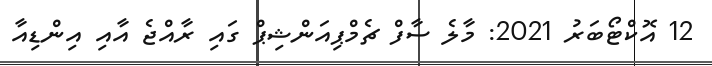
12 އޮކްޓޯބަރު 2021: މާލެ ސާފް ޗެމްޕިއަންޝިޕް ގައި ރާއްޖެ އާއި އިންޑިއާ